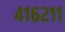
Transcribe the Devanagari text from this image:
४१६२११